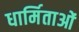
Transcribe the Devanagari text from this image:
धार्मिताओं